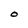
Character: O